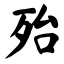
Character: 殆